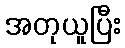
အတုယူပြီး